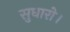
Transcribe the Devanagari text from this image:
सुधारो।